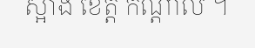
ស្អាង ខេត្ត កណ្តាល ។